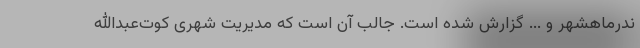
ندرماهشهر و ... گزارش شده است. جالب آن است که مدیریت شهری کوت‌عبدالله